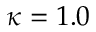
\kappa = 1 . 0